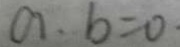
a \cdot b = 0